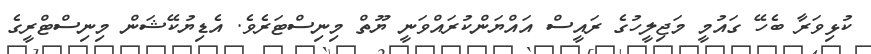
ކުޅިވަރާ ބެހޭ ގައުމީ މަޖިލީހުގެ ރައީސް އައްޔަންކުރައްވަނީ ޔޫތް މިނިސްޓަރެވެ. އެޑިޔުކޭޝަން މިނިސްޓްރީގެ